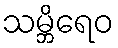
သမ္ဘိရေဝ